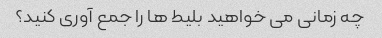
چه زمانی می خواهید بلیط ها را جمع آوری کنید؟